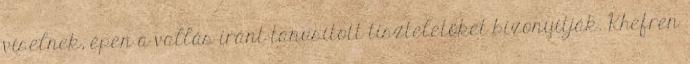
viselnek, épen a vallás iránt tanusított tiszteletöket bizonyítják. Khefren